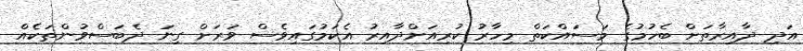
އަދި ދާއިރާތަށް ބެހުމުގެ މަސައްކަތް މިހާރު ކުރިއަށްދާއިރު އެކަމުގައިވެސް ވަރަށް ގިނަ ދެބަސްވުންތަކެއް